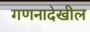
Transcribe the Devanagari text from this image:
गणनादेखील